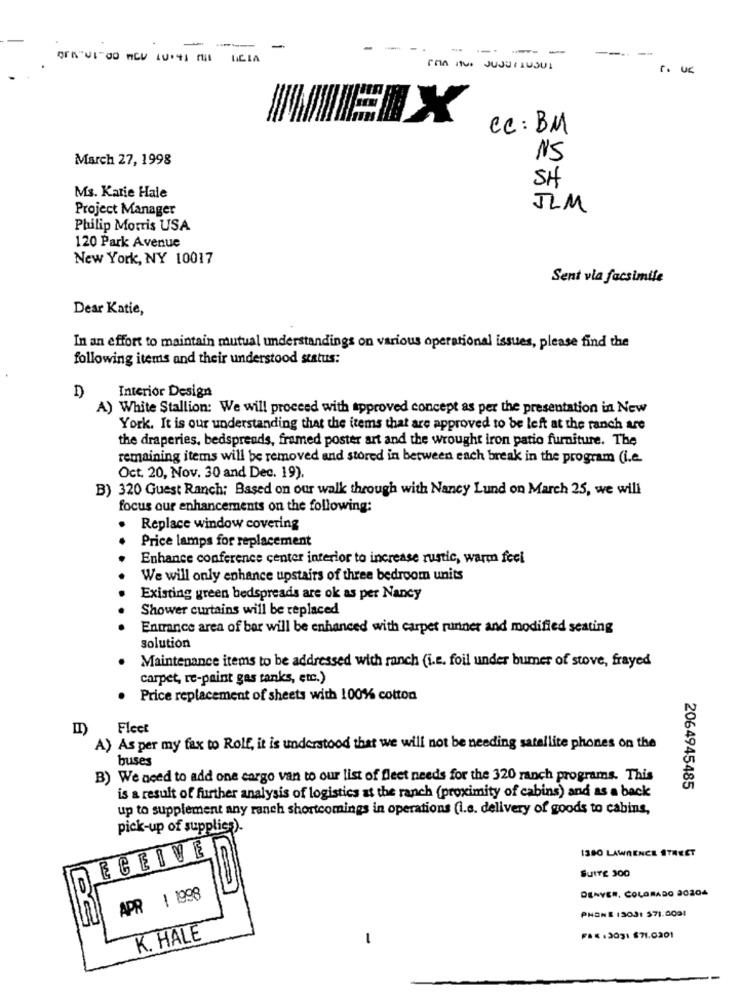
-
-
-a
---- -
---
--
FRA QUE JUJULAUSU1
r. uc
X
Cc:BM
March 27, 1998
NS
SH
Ms. Karie Hale
Project Manager
JLM
Philip Morris USA
120 Park Avenue
New York, NY 10017
Sent via facsimile
Dear Katie,
In an effort to maintain mutual understandings on various operational issues, please find the
following items and their understood status:
Interior Design
A) White Stallion: We will proceed with approved concept as per the presentation in New
York. It is our understanding that the items that are approved to be left at the ranch are
the draperies, bedspreads, framed poster art and the wrought iron patio furniture. The
remaining items will be removed and stored in between each break in the program (i.e.
Oct. 20, Nov. 30 and Dec. 19).
B) 320 Guest Ranch; Based on our walk through with Nancy Lund on March 25, we will
focus our enhancements on the following:
Replace window covering
Price lamps for replacement
Enhance conference center interior to increase rustic, warm feci
We will only enhance upstairs of three bedroom units
Existing green bedspreads are ok as per Nancy
Shower curtains will be replaced
Entrance area of bar will be enhanced with carpet runner and modified seating
solution
Maintenance items to be addressed with ranch (i.e. foil under bumer of stove, frayed
carpet, re-paint gas tanks, etc.)
Price replacement of sheets with 100%% cotton
II)
Fleet
)As per my fax to Rolf, it is understood that we will not be needing satellite phones on the
buses
B) We need to add one cargo van to our list of fleet needs for the 320 ranch programs. This
is a result of further analysis of logistics as the ranch (proximity of cabins) and as a back
2064945485
up to supplement any ranch shortcomings in operations (i.e. delivery of goods to cabins,
pick-up of supplies).
ECEIVE
1380 LAWRENCE STREET
SUITE 300
DENVER, COLORADO 20204
APR 1 1998
PHONE 13031 571.0001
K. HALE
-
FAX :3031 $71.0201